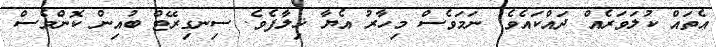
އެތައް ކުލަވަރެއް ދައްކައެވެ. ނަމަވެސް މިހާރު އެޔާ ޚިލާފެވެ. ސިނގިރޭޓް ބުއިން ކޮންމެސް